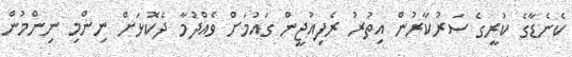
ކެނެޑާގެ ކުރީގެ ސަރުކާރުން އިތުރު ރެފިއުޖީން ގައުމަށް ވެއްދުމާ ދެކޮޅަށް ނިންމި ނިންމުން